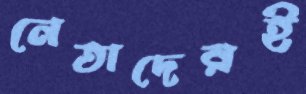
নেতাদেরই